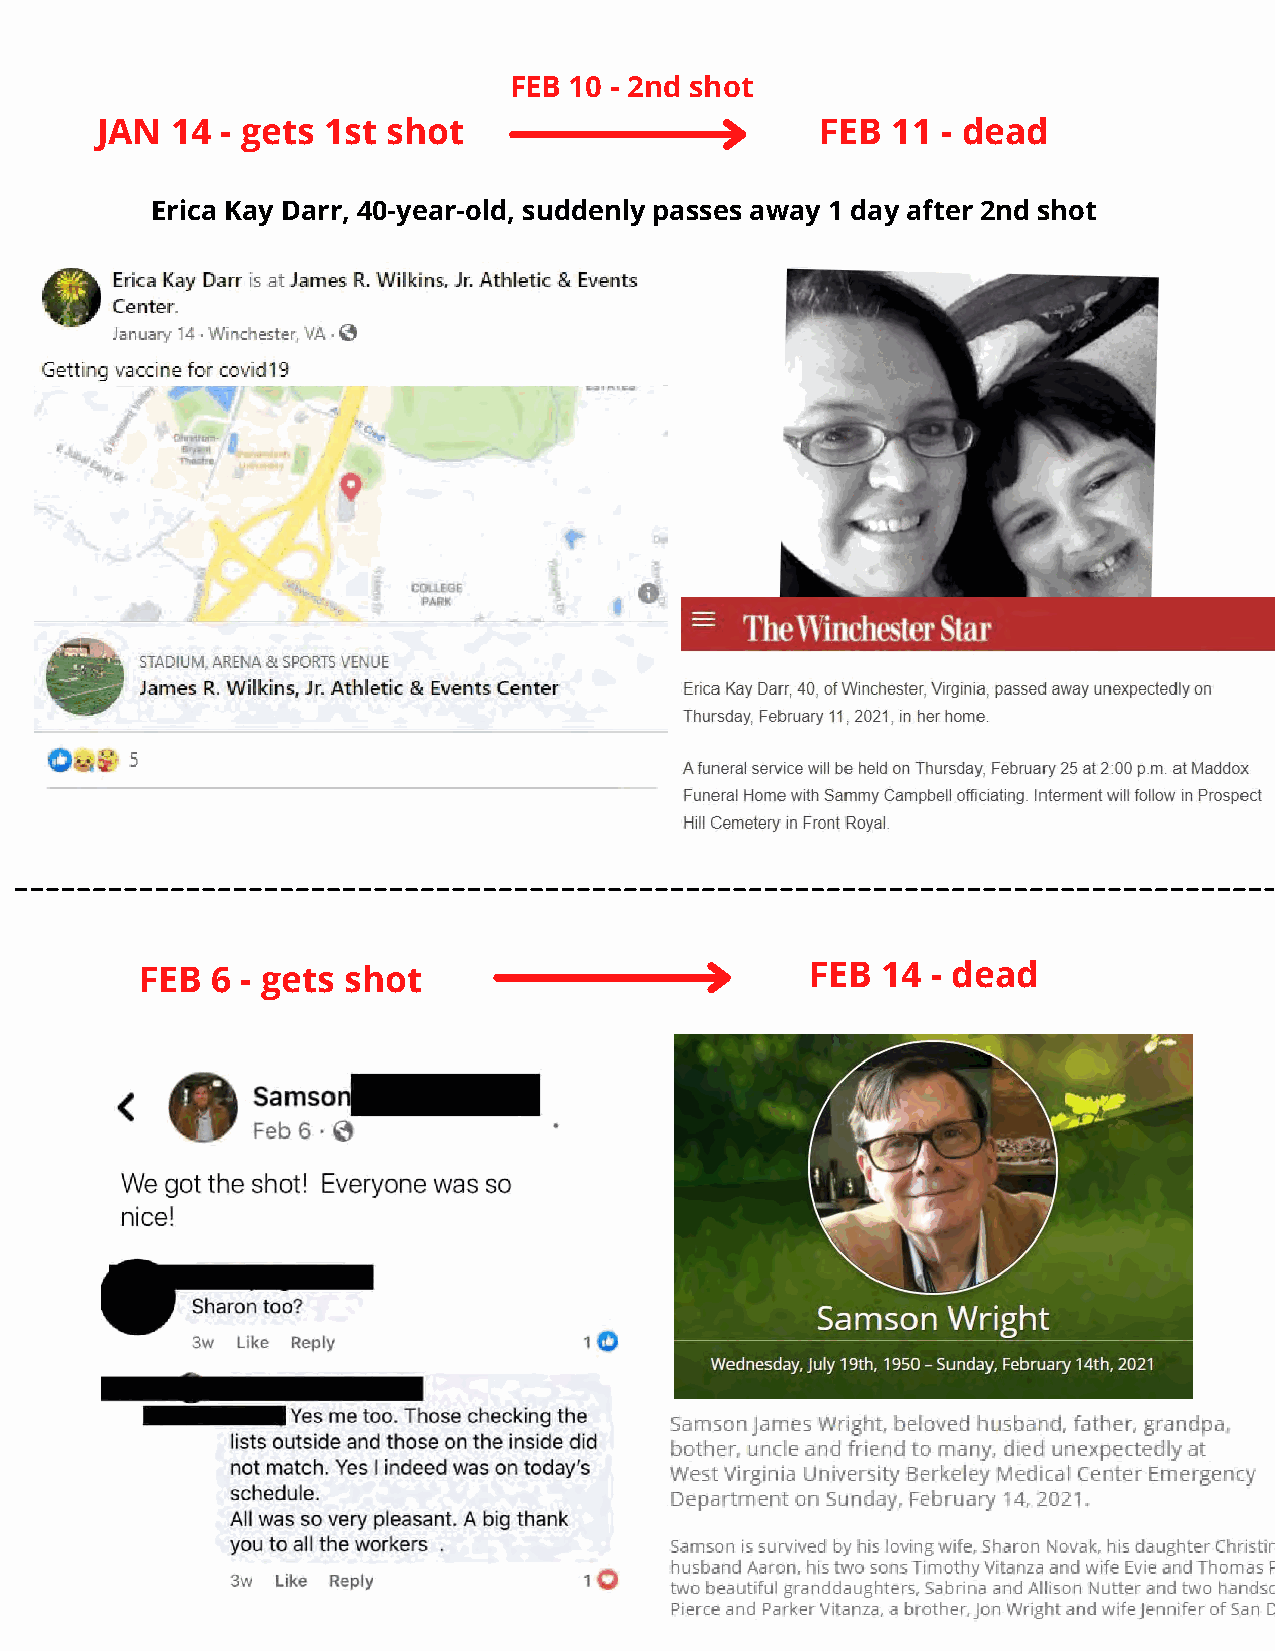
FEB 10 - 2nd shot
 JAN  14  - gets 1st shot                        FEB  11 - dead
 Erica Kay Darr, 40-year-old, suddenly passes away 1 day after 2nd shot
 FEB  6 - gets shot                           FEB 14  - dead